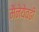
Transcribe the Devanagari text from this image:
मैनेयेवढी